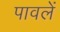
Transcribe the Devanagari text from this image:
पावलें